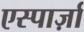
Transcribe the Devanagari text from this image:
एस्पार्ज़ा